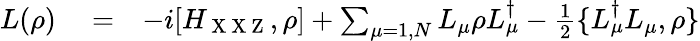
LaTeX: \begin{array}{rlr}{L(\rho)}&{{}=}&{-i[H_{\mathrm{~X~X~Z~}},\rho]+\sum_{\mu=1,N}L_{\mu}\rho L_{\mu}^{\dagger}-\frac{1}{2}\{ L_{\mu}^{\dagger}L_{\mu},\rho\} }\end{array}